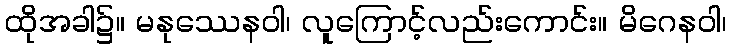
ထိုအခါ၌။ မနုဿေနဝါ၊ လူကြောင့်လည်းကောင်း။ မိဂေနဝါ၊